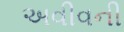
અવીવની